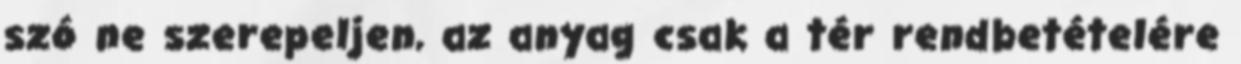
szó ne szerepeljen, az anyag csak a tér rendbetételére